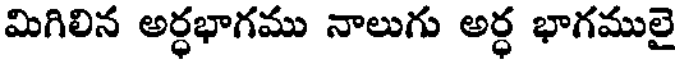
మిగిలిన అర్ధభాగము నాలుగు అర్ధ భాగములై